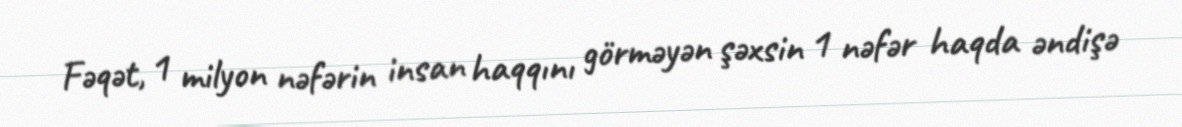
Fəqət, 1 milyon nəfərin insan haqqını görməyən şəxsin 1 nəfər haqda əndişə